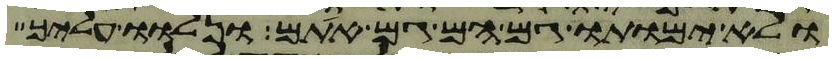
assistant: ולא ימותו גם הם גם אתם ונלוו עליך